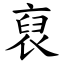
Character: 裒